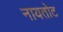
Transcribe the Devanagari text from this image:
नायतोट